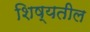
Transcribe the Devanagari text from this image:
शिष्यतील